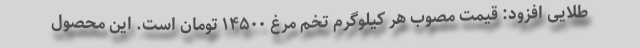
طلایی افزود: قیمت مصوب هر کیلوگرم تخم مرغ ۱۴۵۰۰ تومان است. این محصول